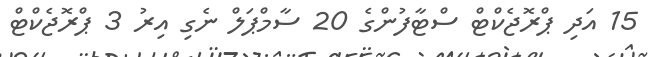
15 އަދި ޕްރޮޖެކްޓް ސްޓާފުންގެ 20 ސާމްޕަލް ނެގި އިރު 3 ޕްރޮޖެކްޓް